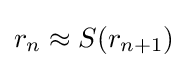
r_{n}\approx S(r_{n+1})